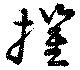
摧